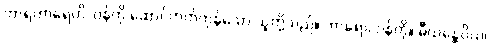
ဘာရဟာရေဟိ၊ ဝန်ကို ဆောင်တတ်ကုန်သော သူတို့သည်။ ဘာရော၊ ဝန်ကို။ ဓီယန္တေဝိယ၊